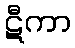
ဋီကာ